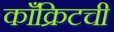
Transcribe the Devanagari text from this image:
काँक्रिटची